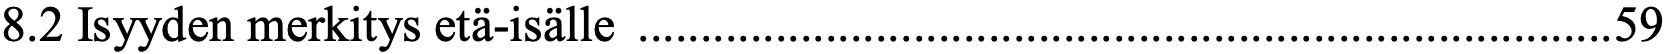
8.2 Isyyden merkitys etä-isälle .............................................................................. 59